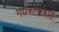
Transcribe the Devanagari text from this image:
गद्यकाव्यकारों